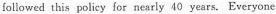
followed this policy for nearly 40 years.Everyone